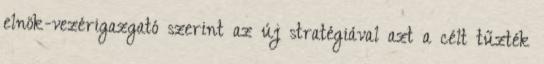
elnök-vezérigazgató szerint az új stratégiával azt a célt tűzték